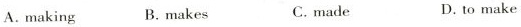
A. making B.makes C. made D. to make